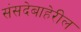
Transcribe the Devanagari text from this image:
संसदेबाहेरील